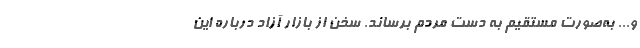
و... به‌صورت مستقیم به دست مردم برساند. سخن از بازار آزاد درباره این